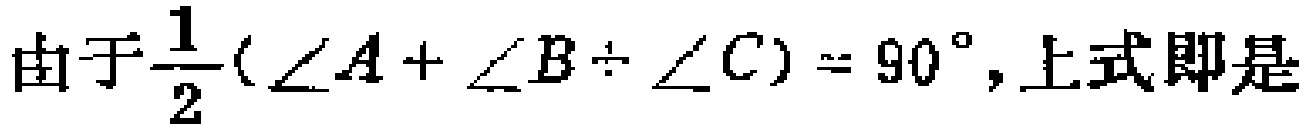
由于$\frac{1}{2}(\angle A + \angle B + \angle C) = 90^{\circ}$, 上式即是